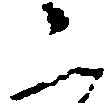
二